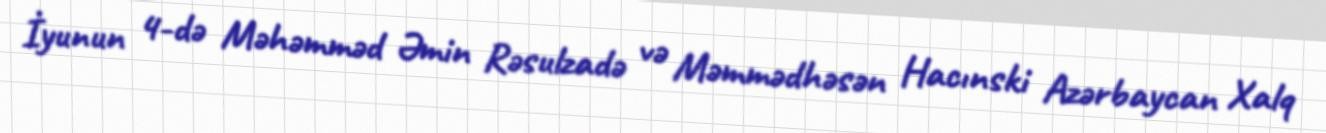
İyunun 4-də Məhəmməd Əmin Rəsulzadə və Məmmədhəsən Hacınski Azərbaycan Xalq